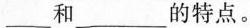
___和___的特点。